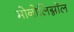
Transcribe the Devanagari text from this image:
मोनोलिग्नॉल